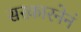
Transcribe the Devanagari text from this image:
सरकारनेनं